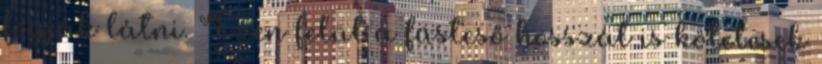
fogják látni. Ezen felül a füstcső hosszát is kötelesek